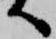
へ